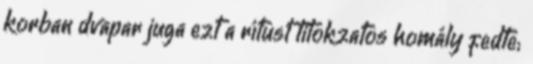
korban dvapar juga ezt a rítust titokzatos homály fedte;